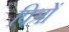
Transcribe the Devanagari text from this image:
पित्रों